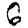
Digit: 6